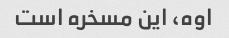
اوه، این مسخره است